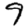
Digit: 9